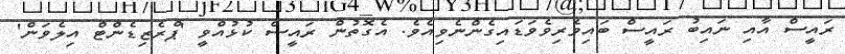
ރައީސް އާއި ނައިބު ރައީސް ބައިވެރިވެވަޑައިގެންނެވިއެވެ. އެގޮތުން ރައީސް ކުޅުއްވީ 'ޕްރެޒިޑެންޓް އިލެވަން'